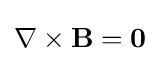
\nabla \times \mathbf {B} =\mathbf {0}